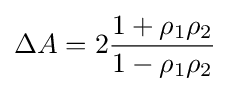
\Delta A=2{\frac {1+\rho _{1}\rho _{2}}{1-\rho _{1}\rho _{2}}}